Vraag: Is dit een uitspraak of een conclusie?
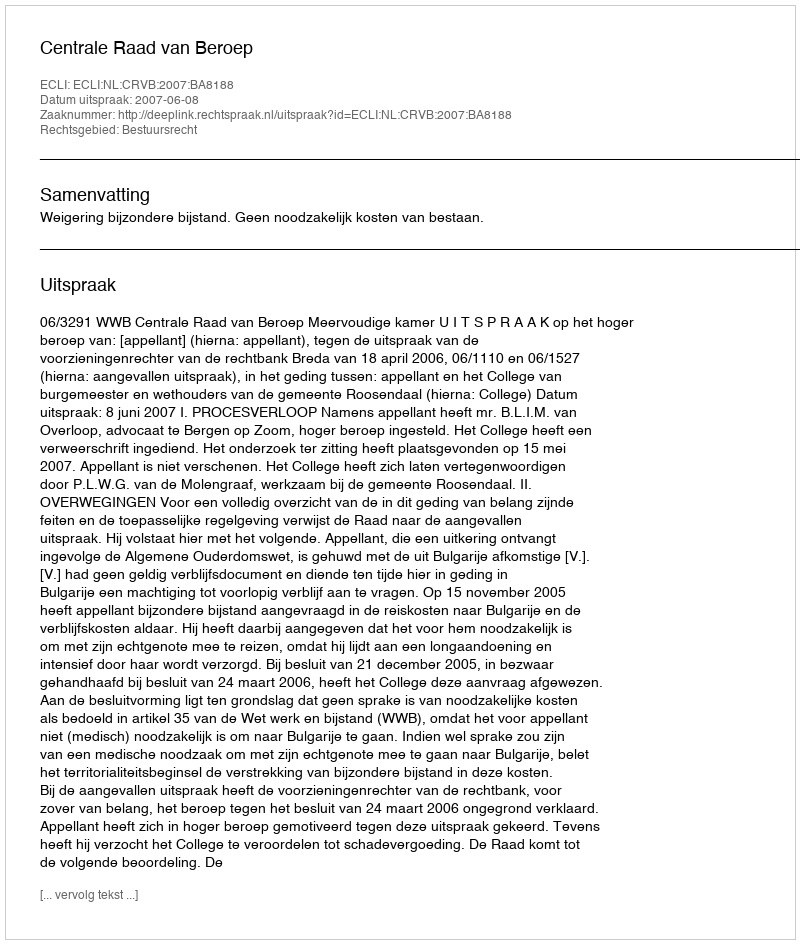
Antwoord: Uitspraak